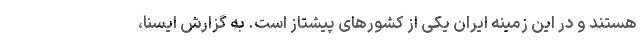
هستند و در این زمینه ایران یکی از کشورهای پیشتاز است. به گزارش ایسنا،